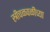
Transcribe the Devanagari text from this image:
स्त्रीचळवळीच्या